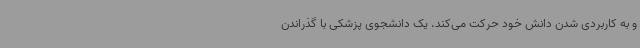
و به کاربردی شدن دانش خود حرکت می‌کند. یک دانشجوی پزشکی با گذراندن